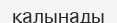
қалынады